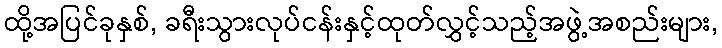
ထို့အပြင်ခုနှစ်, ခရီးသွားလုပ်ငန်းနှင့်ထုတ်လွှင့်သည့်အဖွဲ့အစည်းများ,